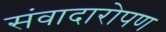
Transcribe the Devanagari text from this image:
संवादारोपण